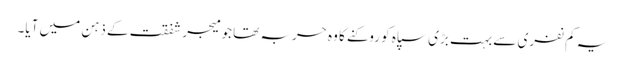
یہ کم نفری سے بہت بڑی سپاہ کو روکنے کا وہ حربہ تھا جو میجر شفقت کے ذہن میں آیا۔